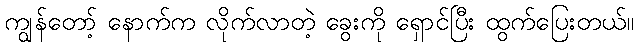
ကျွန်တော့် နောက်က လိုက်လာတဲ့ ခွေးကို ရှောင်ပြီး ထွက်ပြေးတယ်။